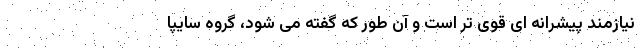
نیازمند پیشرانه ای قوی تر است و آن طور که گفته می شود، گروه سایپا